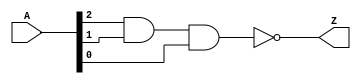
module nand_3in_v(
  input [2:0] A,
  output Z
  );

  nand(Z, A[2], A[1], A[0]);

endmodule //nand_3in_v